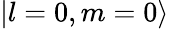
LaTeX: \left|l=0,m=0\right>